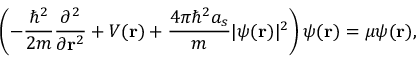
\left( - { \frac { \hbar ^ { 2 } } { 2 m } } { \frac { \partial ^ { 2 } } { \partial \mathbf { r } ^ { 2 } } } + V ( \mathbf { r } ) + { \frac { 4 \pi \hbar ^ { 2 } a _ { s } } { m } } \vert \psi ( \mathbf { r } ) \vert ^ { 2 } \right) \psi ( \mathbf { r } ) = \mu \psi ( \mathbf { r } ) ,